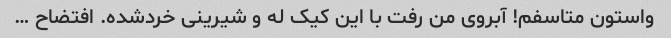
واستون متاسفم! آبروی من رفت با این کیک له و شیرینی خردشده. افتضاح …